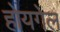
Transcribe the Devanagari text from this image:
होयगेल